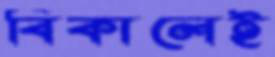
বিকালেই